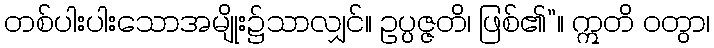
တစ်ပါးပါးသောအမျိုး၌သာလျှင်။ ဥပ္ပဇ္ဇတိ၊ ဖြစ်၏”။ ဣတိ ဝတွာ၊